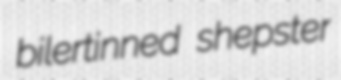
bilertinned shepster